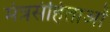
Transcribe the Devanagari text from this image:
मंत्रसंहिताओं